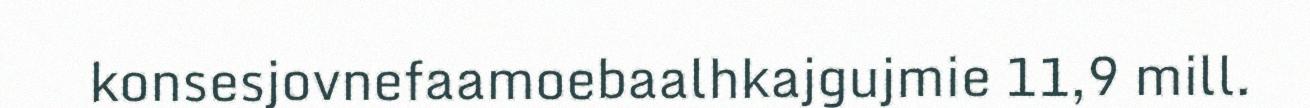
konsesjovnefaamoebaalhkajgujmie 11,9 mill.